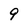
Character: 9